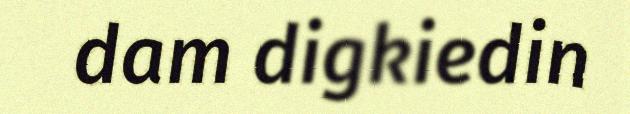
dam digkiedin